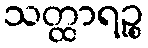
သတ္ထာရဉ္စ